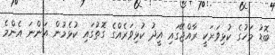
ބޮޑު މަހުގެ ކުޅިވަރަކީ ރާއްޖޭގައި އީދު ކުޅިވަރެއްގެ ގޮތުގައި ކުޅެމުން އަންނަ އެންމެ